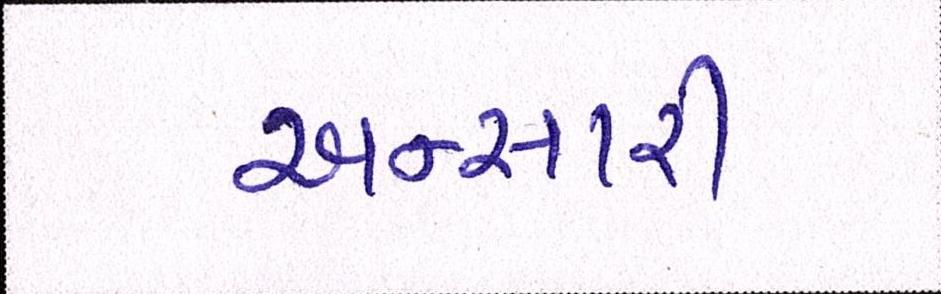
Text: અન્સારી